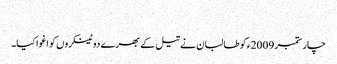
​
چار ستمبر 2009ء کو طالبان نے تیل کے بھرے دو ٹینکروں کو اغوا کیا۔